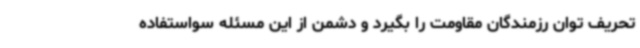
تحریف توان رزمندگان مقاومت را بگیرد و دشمن از این مسئله سواستفاده